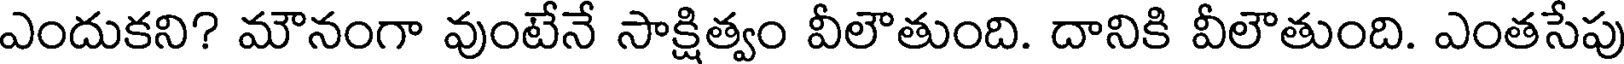
ఎందుకని? మౌనంగా వుంటేనే సాక్షిత్వం వీలౌతుంది. దానికి వీలౌతుంది. ఎంతసేపు